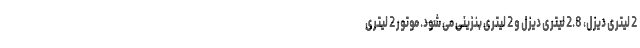
2 لیتری دیزل، 2.8 لیتری دیزل و 2 لیتری بنزینی می شود. موتور 2 لیتری